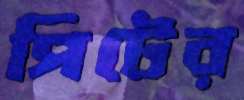
পিটের